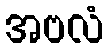
အဗလံ